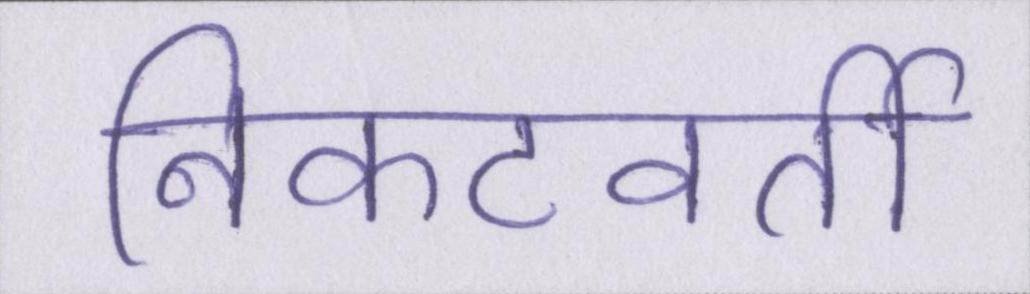
निकटवर्ती